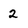
Character: 2